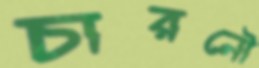
চারনৌ